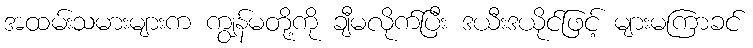
အထမ်းသမားများက ကျွန်မတို့ကို ချီမလိုက်ပြီး ဒယီးဒယိုင်ဖြင့် များမကြာခင်